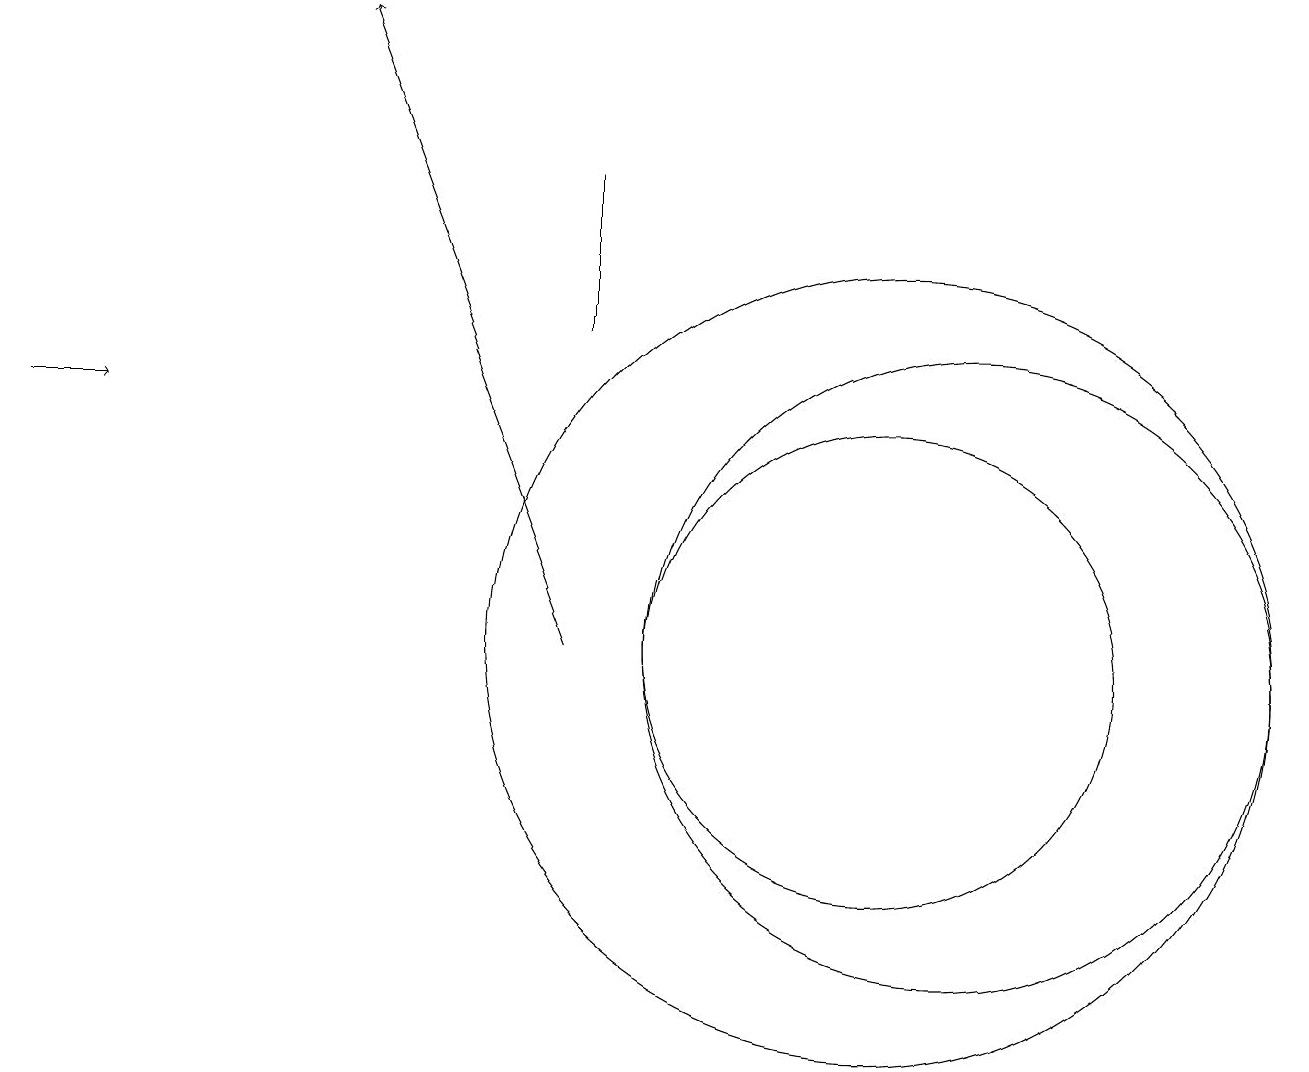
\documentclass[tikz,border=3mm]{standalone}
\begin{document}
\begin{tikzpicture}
\draw (12,10) circle (4);
\draw (11,10) circle (5);
\draw (11,10) circle (3);
\draw[->] (7,10) -- (4,18);
\draw (7,16) rectangle (7,14);
\draw[->] (0,13) -- (1,13);
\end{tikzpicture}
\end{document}